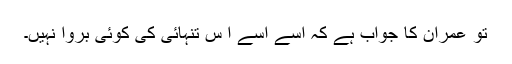
تو عمران کا جواب ہے کہ اسے اسے ا س تنہائی کی کوئی بروا نہیں۔